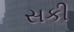
સકી